Vaccination in the Punjab 1919-1929 - 1919-1929
Year: 1919
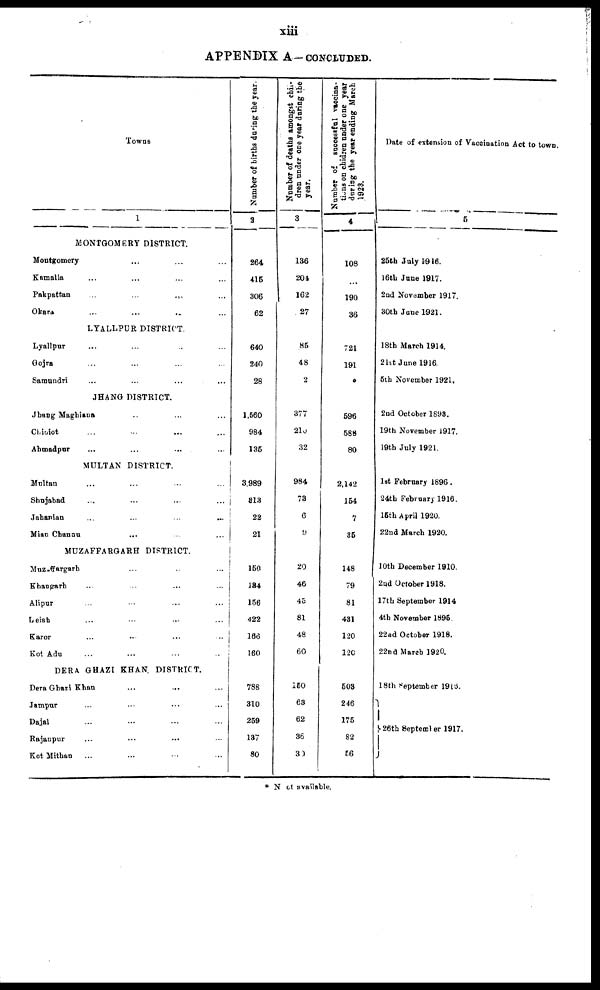
xiii
APPENDIX A—CONCLUDED.
Towns
1
MONTGOMERY DISTRICT.
Montgomery ... ... ...
Kamalia ... ... ... ...
Pakpattan
...
...
... ...
Okara ... ... ... ...
LYALLPUR DISTRICT.
Lyallpur ... ... ... ...
Gojra ... ... ... ...
Samundri ... ... ... ...
JHANG DISTRICT.
Jhang Maghiana ... ... ... ...
Chiniot ... ... ... ...
Ahmadpur ... ... ... ...
MULTAN DISTRICT.
Multan ... ... ... ...
Shujabad ... ... ... ...
Jahanian ... ... ... ...
Mian Channu ... ... ... ...
MUZAFFARGARH DISTRICT.
Muzaffargarh ... ... ... ...
Khangarh ... ... ... ...
Alipur ... ... ... ...
Leiah ... ... ... ...
Karor
...
...
...
...
Kot Adu ... ... ... ...
DERA GHAZI KHAN DISTRICT.
Dera Ghazi Khan ... ... ... ...
Jampur ... ... ... ...
Dajal ... ... ... ...
Rajanpur ... ... ... ...
Kot Mithan ... ... ... ...
Number of births during the year.
2
264
415
306
62
640
240
28
1,560
984
135
3,989
313
22
21
150
184
156
422
166
160
788
310
259
137
80
Number of deaths amongst chil¬
dren under one year during the
year.
3
136
204
162
27
85
48
2
377
210
32
984
73
6
9
20
46
45
81
48
60
150
63
62
36
30
Number of successful vaccina-
tions on chidren under one year
during the year ending March
1923.
4
108
...
190
36
721
191
596
588
80
2,142
154
7
35
148
79
81
431
120
120
503
246
175
82
56
Date of extension of Vaccination Act to town.
5
25th July 1916.
16th June 1917.
2nd November 1917.
30th June 1921.
18th March 1914.
21st June 1916
5th November 1921.
2nd October 1893.
19th November 1917.
19th July 1921.
1st February 1896 .
24th February 1916.
16th April 1920.
22nd March 1920.
10th December 1910.
2nd October 1918.
17th September 1914
4th November 1895.
22nd October 1918.
22nd March 1920.
18th September 1918.
26th September 1917.
* Not available.